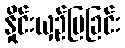
နှိုင်းယှဉ်ပြခြင်း